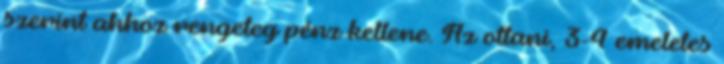
szerint ahhoz rengeteg pénz kellene. Az ottani, 3-4 emeletes